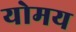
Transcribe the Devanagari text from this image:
योमय